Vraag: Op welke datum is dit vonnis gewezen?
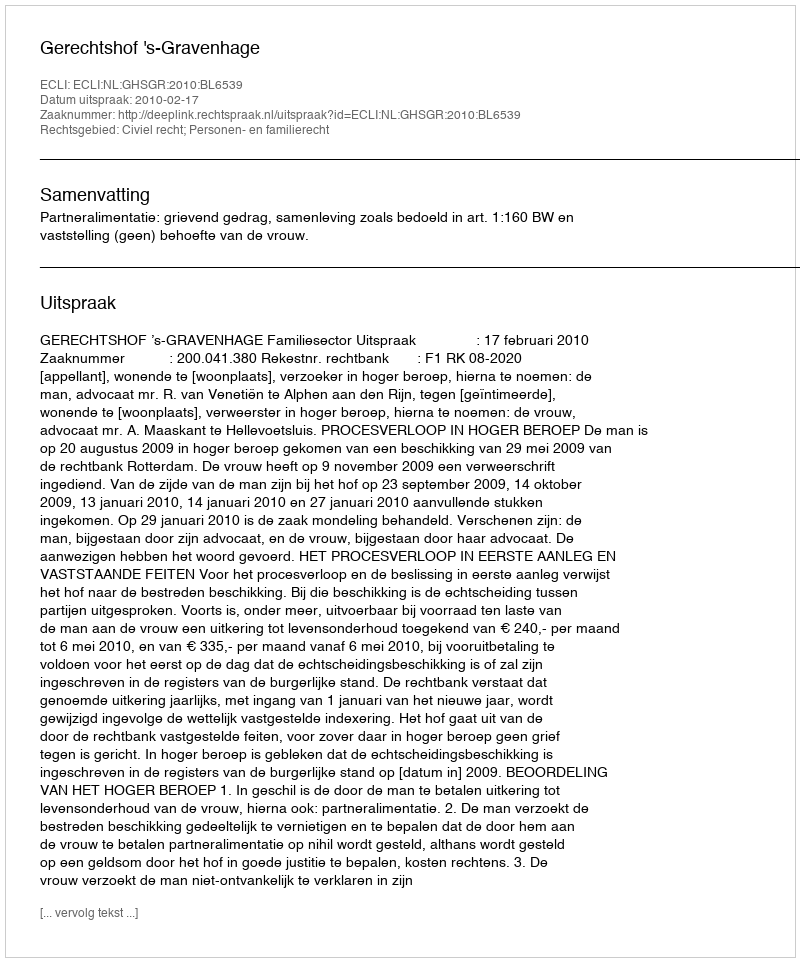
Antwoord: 2010-02-17